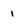
Character: 1